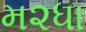
મ૨ધા